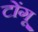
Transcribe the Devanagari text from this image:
टोंगू